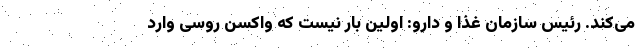
می‌کند. رئیس سازمان غذا و دارو: اولین بار نیست که واکسن روسی وارد